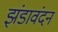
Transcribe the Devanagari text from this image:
झंडावंदन